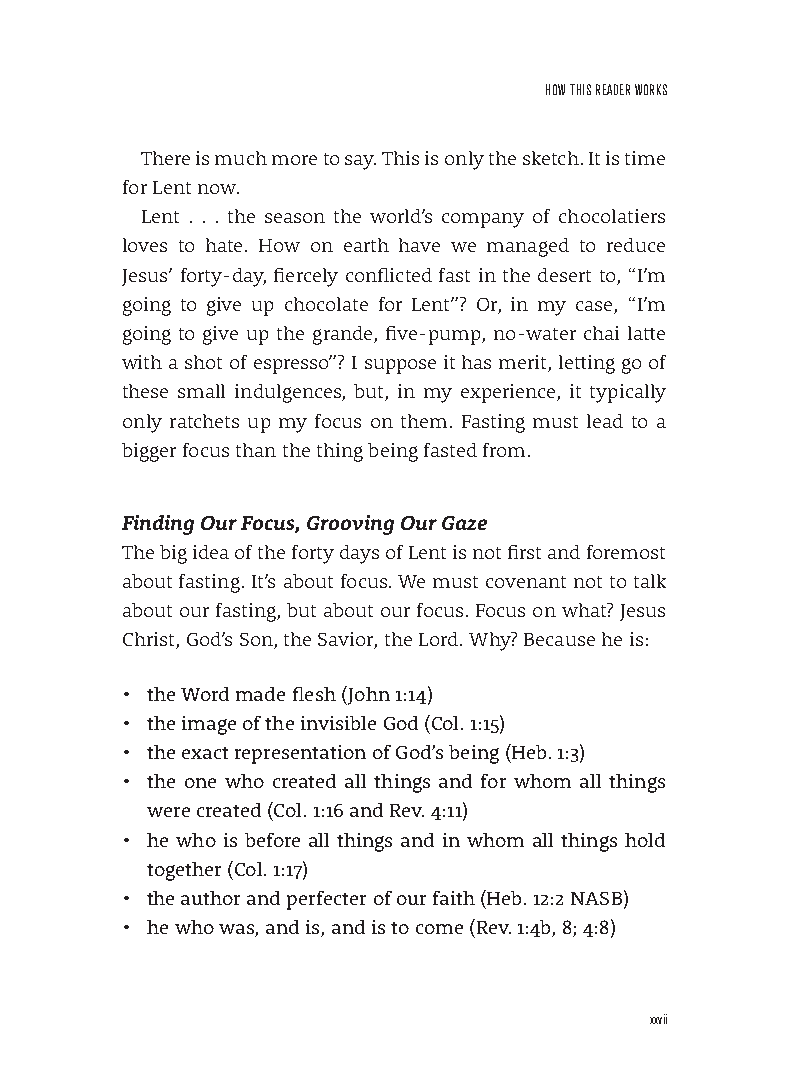
HoW THIs reADer Works
 There is much more to say. This is only the sketch. It is time
 for Lent now.
 Lent . . . the season the world’s company of chocolatiers
 loves to hate. How on earth have we managed to reduce
 Jesus’ forty-day, fiercely conflicted fast in the desert to, “I’m
 going to give up chocolate for Lent”? Or, in my case, “I’m
 going to give up the grande, five-pump, no-water chai latte
 with a shot of espresso”? I suppose it has merit, letting go of
 these small indulgences, but, in my experience, it typically
 only ratchets up my focus on them. Fasting must lead to a
 bigger focus than the thing being fasted from.
 Finding Our Focus, Grooving Our Gaze
 The big idea of the forty days of Lent is not first and foremost
 about fasting. It’s about focus. We must covenant not to talk
 about our fasting, but about our focus. Focus on what? Jesus
 Christ, God’s Son, the Savior, the Lord. Why? Because he is:
 • the Word made flesh (John 1:14)
 • the image of the invisible God (Col . 1:15)
 • the exact representation of God’s being (Heb . 1:3)
 • the one who created all things and for whom all things
 were created (Col . 1:16 and Rev . 4:11)
 • he who is before all things and in whom all things hold
 together (Col . 1:17)
 • the author and perfecter of our faith (Heb . 12:2 NASB)
 • he who was, and is, and is to come (Rev . 1:4b, 8; 4:8)
 xxvii